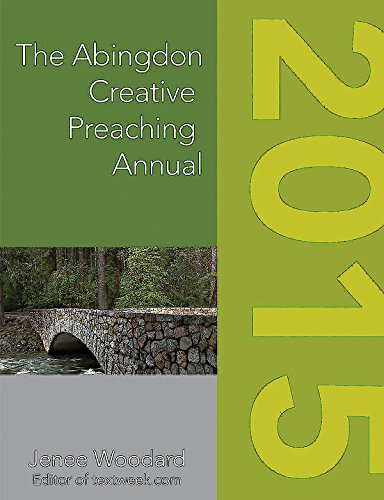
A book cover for The Abingdon Creative Preaching Annual 2015 (Abingdon Preaching Annual); Christian Books & Bibles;